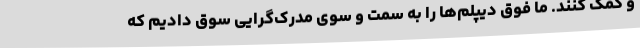
و کمک کنند. ما فوق دیپلم‌ها را به سمت و سوی مدرک‌گرایی سوق دادیم که